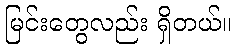
မြင်းတွေလည်း ရှိတယ်။